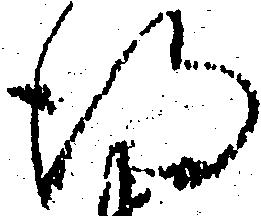
得